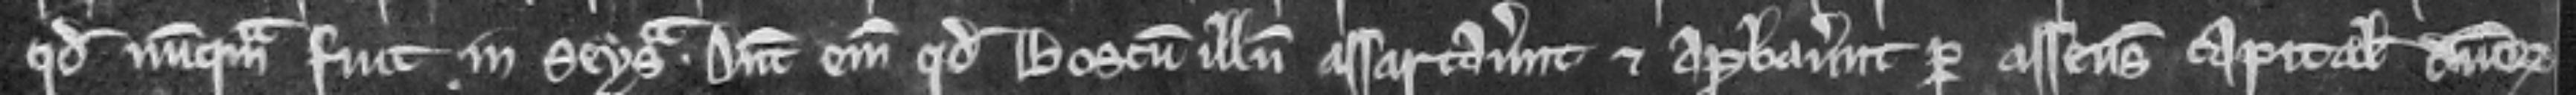
quod nunquam fuit in seisina. Dicunt enim quod boscum illum assartaverunt et aprobaverunt per assensum capitalium dominorum